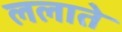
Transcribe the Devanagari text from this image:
ललाते